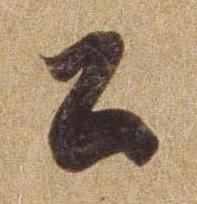
公